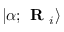
| \alpha ; \textbf { R } _ { i } \rangle